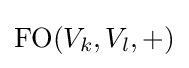
{\text{FO}}(V_{k},V_{l},+)